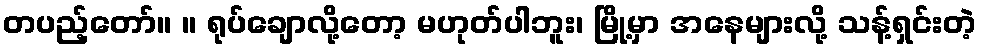
တပည့်တော်။ ။ ရုပ်ချောလို့တော့ မဟုတ်ပါဘူး၊ မြို့မှာ အနေများလို့ သန့်ရှင်းတဲ့